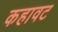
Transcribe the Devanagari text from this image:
कहावट